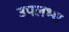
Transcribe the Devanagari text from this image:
उपलभ्ध